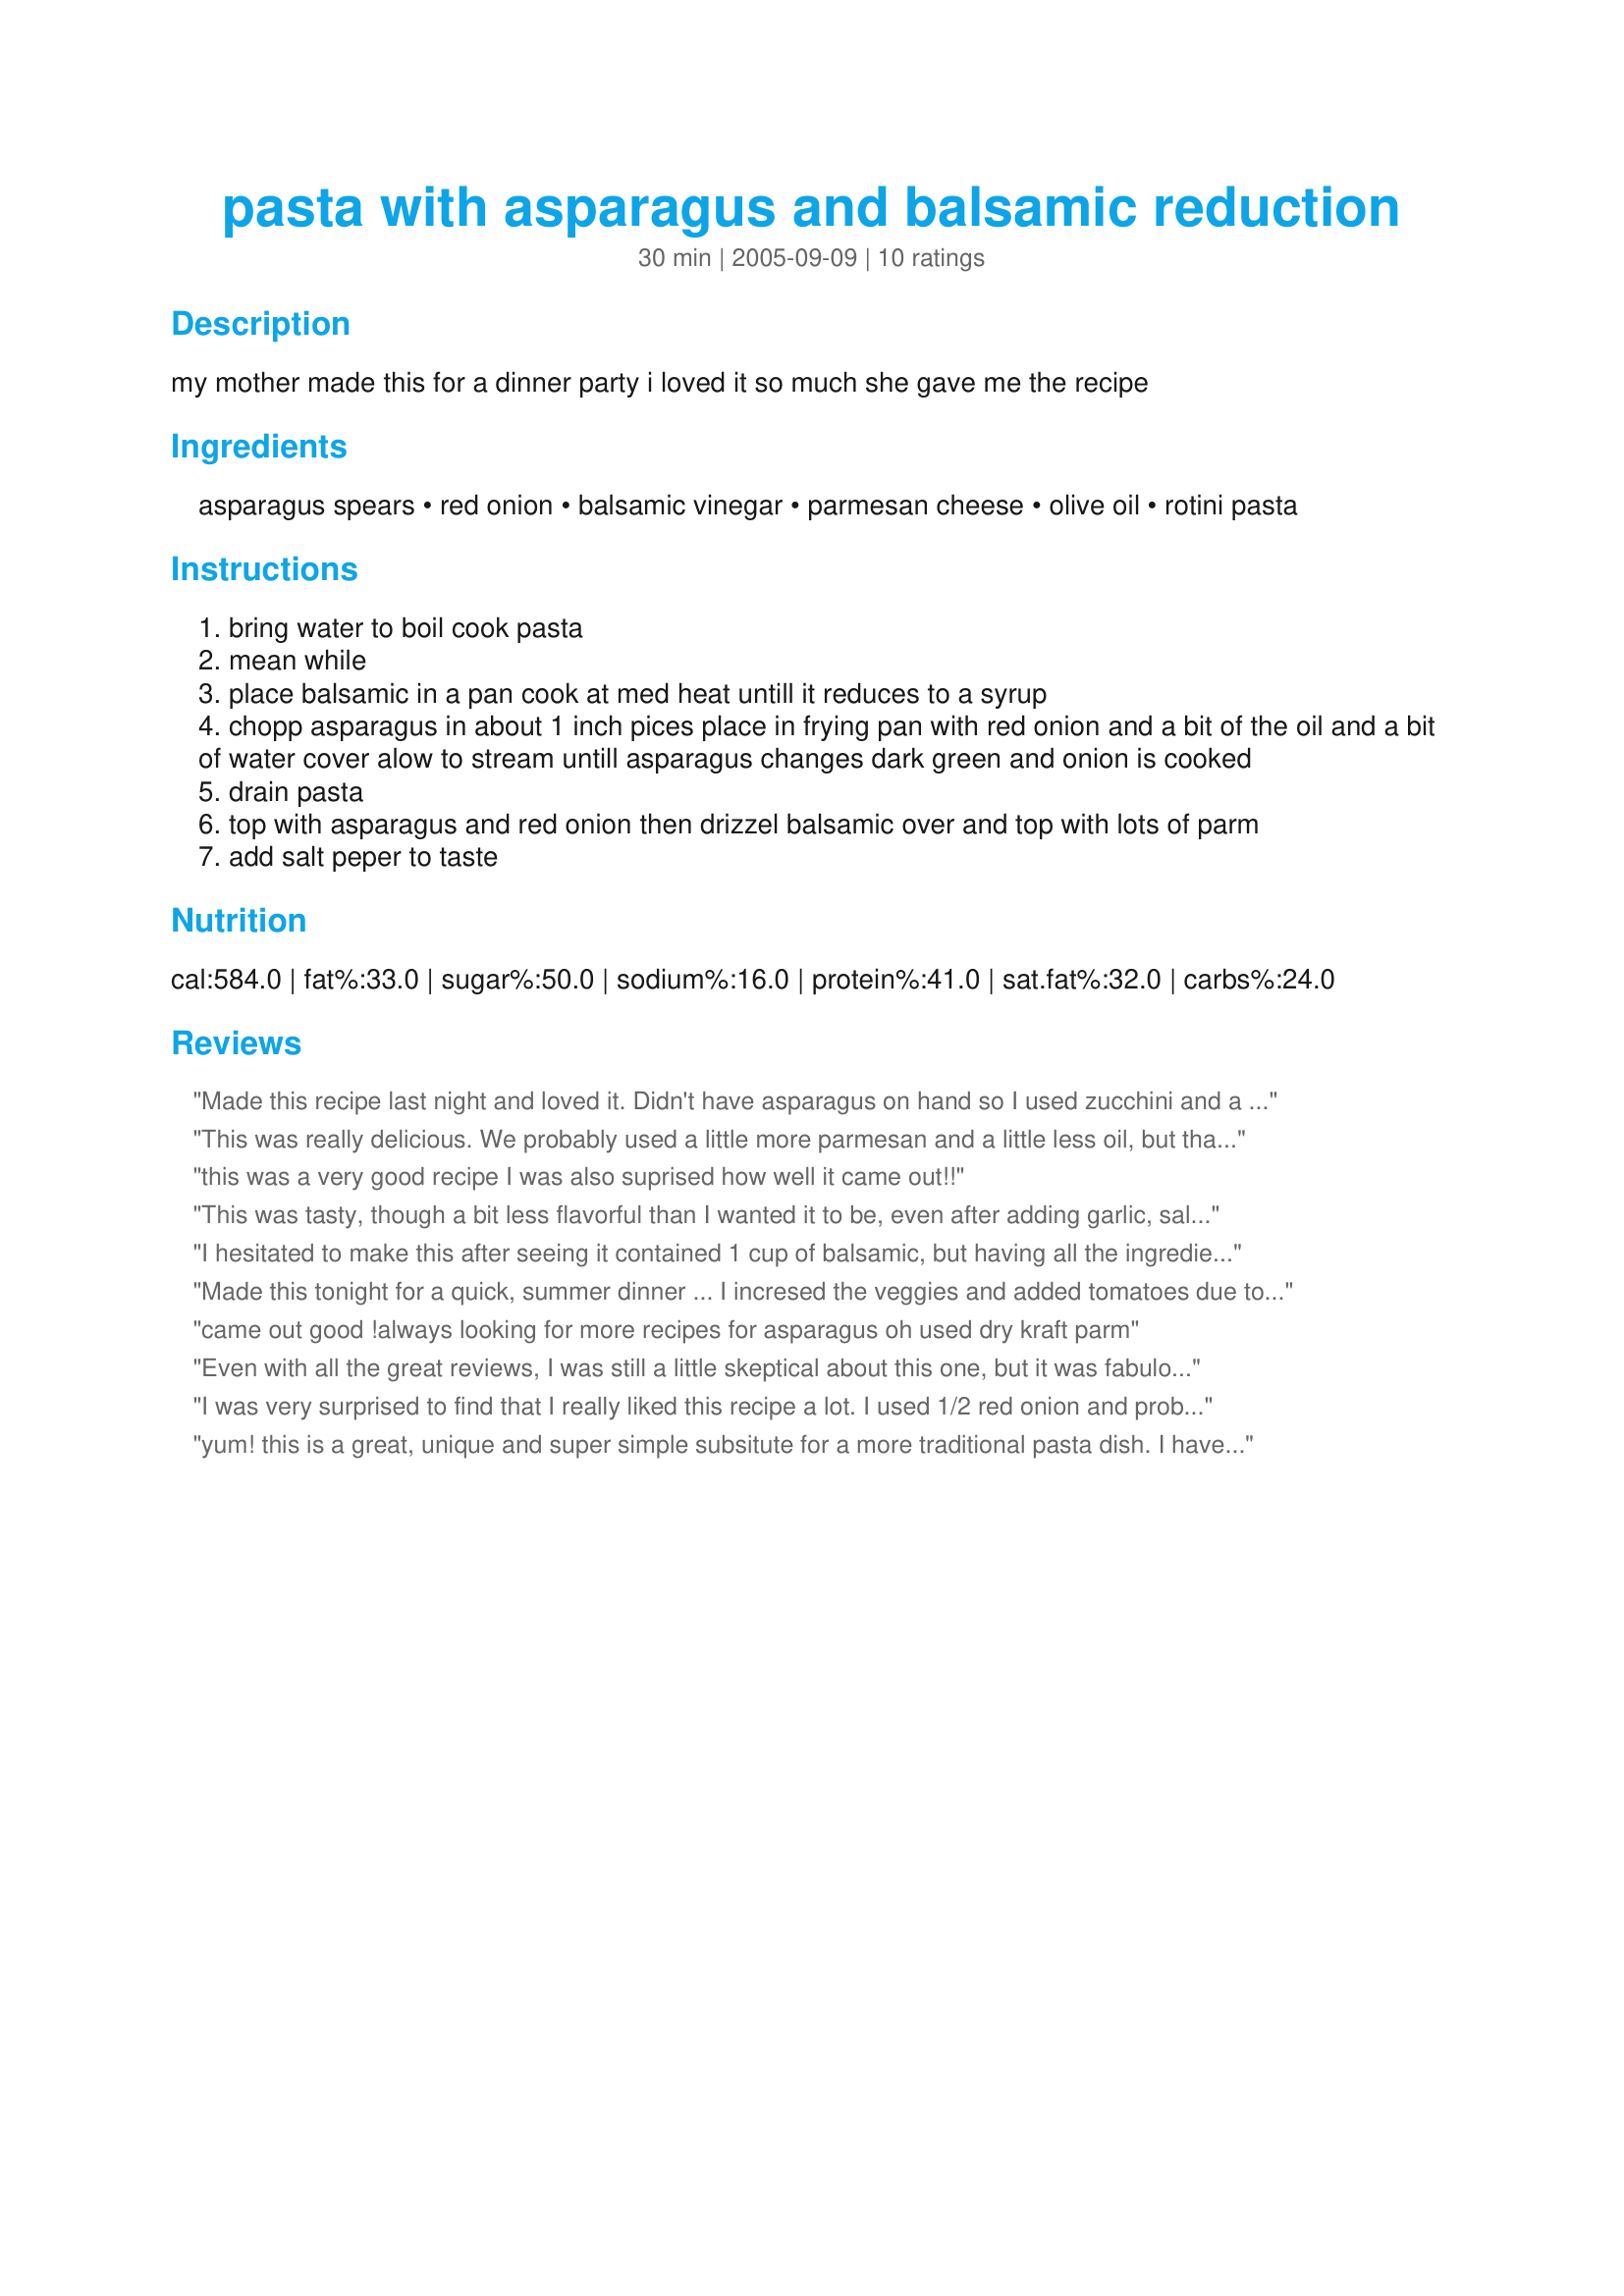
pasta with asparagus and balsamic reduction
Preparation time: 30 minutes

my mother made this for a dinner party i loved it so much she gave me the recipe

Ingredients:
asparagus spears, red onion, balsamic vinegar, parmesan cheese, olive oil, rotini pasta

Steps:
bring water to boil cook pasta
mean while
place balsamic in a pan cook at med heat untill it reduces to a syrup
chopp asparagus in about 1 inch pices place in frying pan with red onion and a bit of the oil and a bit of water cover alow to stream untill asparagus changes dark green and onion is cooked
drain pasta
top with asparagus and red onion then drizzel balsamic over and top with lots of parm
add salt peper to taste

Reviews:
Made this recipe last night and loved it. Didn't have asparagus on hand so I used zucchini and a fresh tomato instead. It was delicious. I added a little salt and pepper and it was yummy!
This was really delicious. We probably used a little more parmesan and a little less oil, but that's the only change we made and we really enjoyed this pasta.
this was a very good recipe I was also suprised how well it came out!!
This was tasty, though a bit less flavorful than I wanted it to be, even after adding garlic, salt, pepper, and a little fresh lemon juice to the asparagus while cooking. I omitted the onions, maybe that had something to do with it. Everything else followed the recipe. I like that it was very simple and quick to make, I had all the ingredients on hand (except onions because I hate them), and it's a great way to use fresh asparagus. I'll be making this again, maybe with much more lemon to put some zing into it.
I hesitated to make this after seeing it contained 1 cup of balsamic, but having all the ingredients on hand decided to chance it. The entire time I was cooking it I was expecting the worst, then when I added the balsamic to the pasta (I used spaghetti rigate) and it turned brown, I thought it was going to taste even worse than I'd imagined. I'm glad to say I couldn't have been more wrong! Once the balsamic had reduced it mellowed beautifully, and was delicious when combined with a good vegetarian parmesan. I used one bunch of asparagus - might use more next time - basically stir-frying it with the onion in the full 1/4 cup of oil. Delicious and quite different to any pasta we've had before, therefore a 5 in our books!
Thanks blonder, and please thank your mum for a great recipe.
Made this tonight for a quick, summer dinner ... I incresed the veggies and added tomatoes due to reviews - also threw in chunks of fresh mozz because I had it on hand. This would be great hot or cold, I'll make again for dinner and to take for healthy weekday lunches. Good find!
came out good !always looking for more recipes for asparagus 
oh used dry kraft parm
Even with all the great reviews, I was still a little skeptical about this one, but it was fabulous! I can't wait to make it again and next time I think I will add mushrooms or some fresh chopped tomato, but it's still excellent just the way it is. Very easy and quick, too!
I was very surprised to find that I really liked this recipe a lot. I used 1/2 red onion and probably about 30 spears of asparagus because I like the veggies, but the recipe was great as is too. The reduction gave it a very nice flavor. (Just don't breath in through your nose over the stove top as you're boiling the reduction. That will clean out your sinuses.)
yum! this is a great, unique and super simple subsitute for a more traditional pasta dish. I have used this in many recipe exchanges and it is always a hit!
